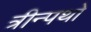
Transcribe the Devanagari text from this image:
त्रीन्पथो